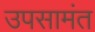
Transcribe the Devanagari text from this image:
उपसामंत